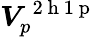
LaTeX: \boldsymbol{V}_{p}^{\mathrm{~2~h~1~p~}}